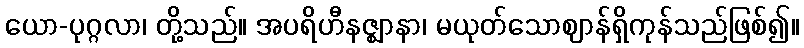
ယော-ပုဂ္ဂလာ၊ တို့သည်။ အပရိဟီနဇ္ဈာနာ၊ မယုတ်သောဈာန်ရှိကုန်သည်ဖြစ်၍။